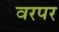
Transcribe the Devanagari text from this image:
वरपर